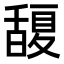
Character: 𭐮